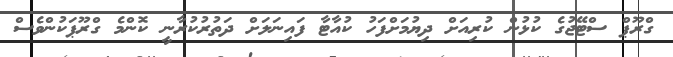
ގްރޫޕް ސްޓޭޖުގެ ކުޅުން ކުރިއަށް ދިޔުމަށްފަހު ކުއާޓާ ފައިނަލަށް ދަތުރުކުރާނީ ކޮންމެ ގްރޫޕަކުންވެސް